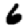
Digit: 6